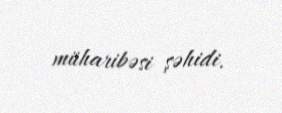
müharibəsi şəhidi.